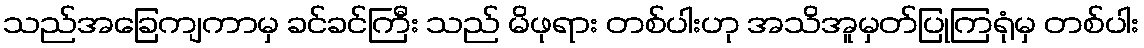
သည်အခြေကျကာမှ ခင်ခင်ကြီး သည် မိဖုရား တစ်ပါးဟု အသိအူမှတ်ပြုကြရုံမှ တစ်ပါး